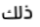
ذلك